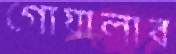
গোয়ালার